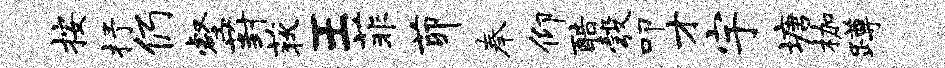
按抒仍壑葑荻王菲茆奉仰酷彀叩才宇塘枷蹲